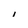
Character: I